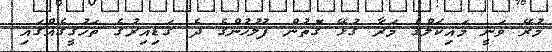
މުރޭ ވަނީ މައިކަލްގެ މަރާ ގުޅޭ ގޮތުން ފުލުހުންގެ ދެ ގަޑިއިރުގެ ތަހުގީގެއްގައި